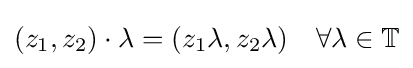
(z_{1},z_{2})\cdot \lambda =(z_{1}\lambda ,z_{2}\lambda )\quad \forall \lambda \in \mathbb {T}